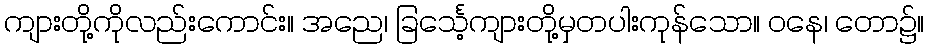
ကျားတို့ကိုလည်းကောင်း။ အညေ၊ ခြင်္သေ့ကျားတို့မှတပါးကုန်သော။ ဝနေ၊ တော၌။